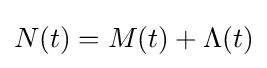
N(t)=M(t)+\Lambda (t)